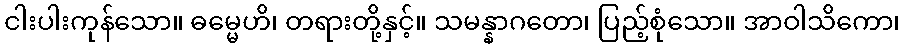
ငါးပါးကုန်သော။ ဓမ္မေဟိ၊ တရားတို့နှင့်။ သမန္နာဂတော၊ ပြည့်စုံသော။ အာဝါသိကော၊